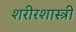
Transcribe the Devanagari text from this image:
शरीरशास्त्री